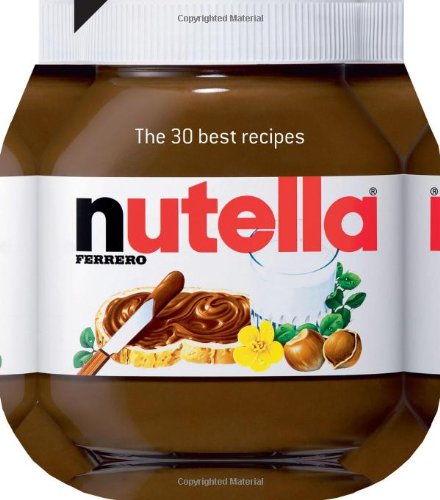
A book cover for Nutella: The 30 best recipes; Cookbooks, Food & Wine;